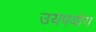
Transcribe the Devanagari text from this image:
उयपयोग